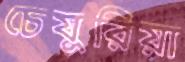
চেযুরিয়া